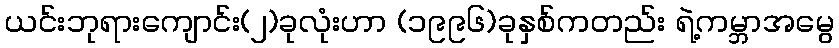
ယင်းဘုရားကျောင်း(၂)ခုလုံးဟာ (၁၉၉၆)ခုနှစ်ကတည်း ရဲ့ကမ္ဘာအမွေ